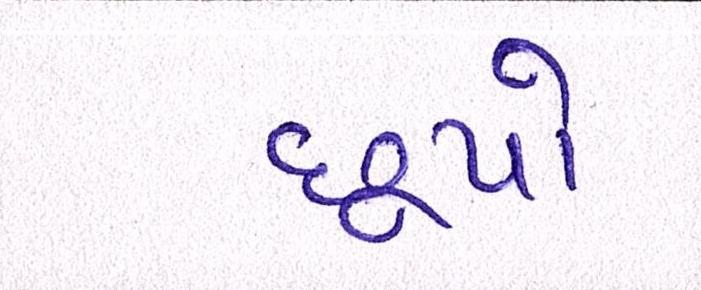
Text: છૂપો